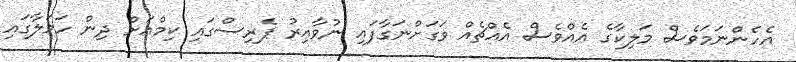
އެހެންނަމަވެސް މަލިކާގެ އެއްވެސް އެއްޗެއް ވަގަށްނަގާފައި ނުވާއިރު ޕެރިސްގައި ކިމްއަށް ދިން ހަމަލާގައި